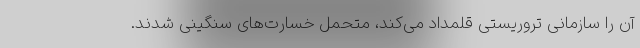
آن را سازمانی تروریستی قلمداد می‌کند، متحمل خسارت‌های سنگینی شدند.